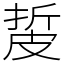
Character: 㿱